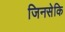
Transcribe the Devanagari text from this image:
जिनसेकि